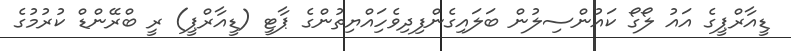
ޑީއާރްޕީގެ އައު ލޯގޯ ކައުންސިލުން ބަލައިގެންފިދިވެހިައްޔިތުންގެ ޕާޓީ (ޑީއާރްޕީ) ރީ ބްރޭންޑް ކުރުމުގެ